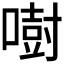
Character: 𠾢